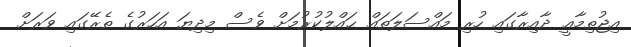
އިޖުތިމާޢީ ދާއިރާގައި ހުރި މައްސަލަތައް ޙައްލުކުރުމަށް ވެސް މިދިޔަ އަހަރުގެ ތެރޭގައި ވަރަށް